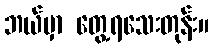
ဘယ်မှာ တွေ့ရသေးတုန်း။